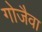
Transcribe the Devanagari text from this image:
गोजैवा